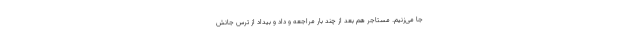
جا می‌زنیم. مستاجر هم بعد از چند بار مراجعه و داد و بیداد از ترس جانش